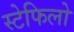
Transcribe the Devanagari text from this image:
स्टेफिलो